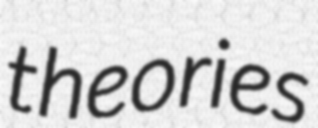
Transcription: theories